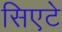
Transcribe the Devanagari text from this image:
सिएटे